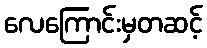
လေကြောင်းမှတဆင့်